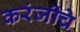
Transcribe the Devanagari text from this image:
करंजीचे